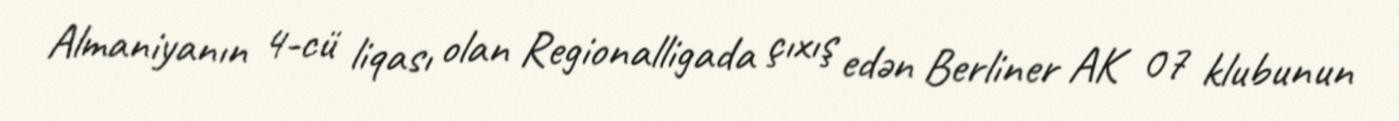
Almaniyanın 4-cü liqası olan Regionalligada çıxış edən Berliner AK 07 klubunun